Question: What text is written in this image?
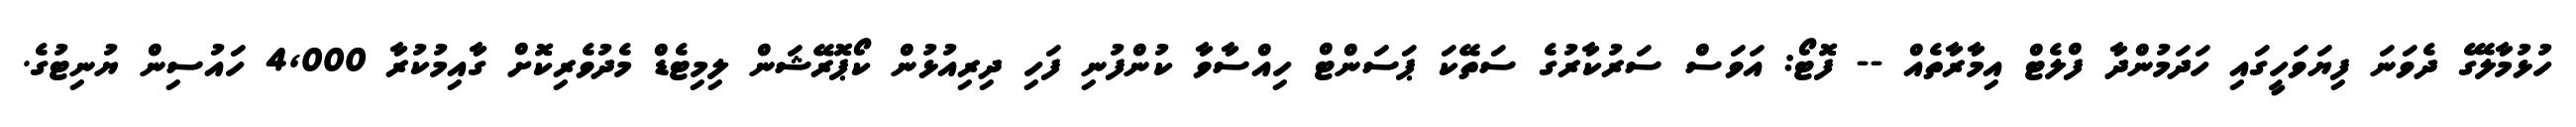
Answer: ހުޅުމާލޭގެ ދެވަނަ ފިޔަވަހީގައި ހަދަމުންދާ ފްލެޓް އިމާރާތެއް -- ފޮޓޯ: އަވަސް ސަރުކާރުގެ ސަތޭކަ ޕަސަންޓް ހިއްސާވާ ކުންފުނި ފަހި ދިރިއުޅުން ކޯޕޮރޭޝަން ލިމިޓެޑް މެދުވެރިކޮށް ގާއިމުކުރާ 4,000 ހައުސިން ޔުނިޓުގެ.